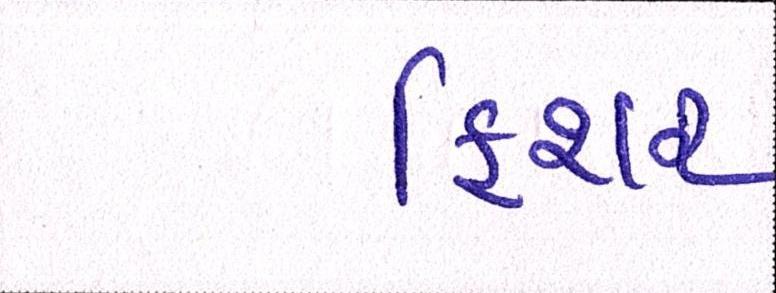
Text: ફિશર